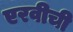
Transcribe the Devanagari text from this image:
एरवीची